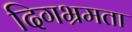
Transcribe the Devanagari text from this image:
दिगभ्रमता